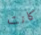
كانت